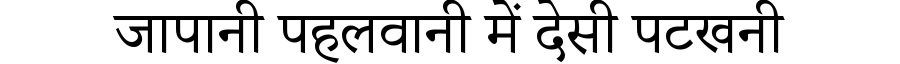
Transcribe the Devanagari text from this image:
जापानी पहलवानी में देसी पटखनी